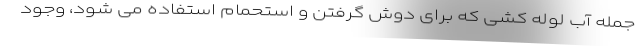
جمله آب لوله کشی که برای دوش گرفتن و استحمام استفاده می شود، وجود